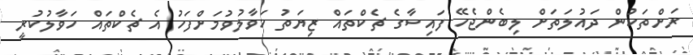
ރަށްތަކުން ދައުލަތަށް ލިބެންޖެހޭ ފައިސާގެ ޗެކްތައް ޒިޔަތު ހަވާލުވުމަށްފަހު އެ ޗެކްތައް ހަވާލުކުރީ